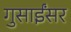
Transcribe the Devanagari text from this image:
गुसाईंसर